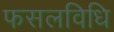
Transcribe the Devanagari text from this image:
फसलविधि